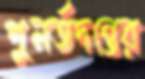
পুনর্তদন্তের